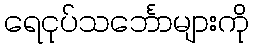
ရေငုပ်သင်္ဘောများကို